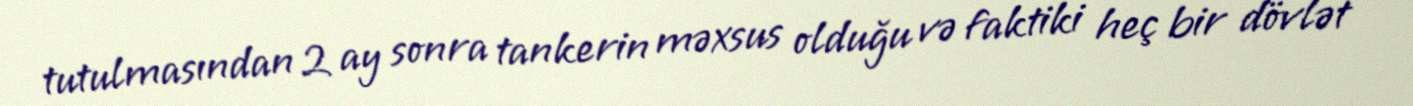
tutulmasından 2 ay sonra tankerin məxsus olduğu və faktiki heç bir dövlət